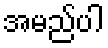
အမည်ပါ